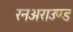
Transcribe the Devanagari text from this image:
रनअराउण्ड